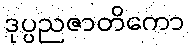
ဒုပ္ပညဇာတိကော